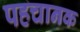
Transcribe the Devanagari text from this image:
पहचानक